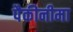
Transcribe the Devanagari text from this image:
पैकीनीमा